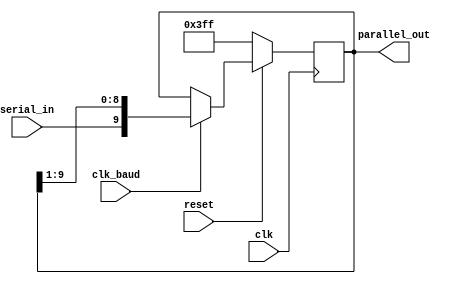
/* Receiver */
/* SIPO Shift Register Module */

/* A Serial In Parallel Out shift register which
take a serial of data bits from rx and shift them
into the register. Once all the data are received,
they will be output at once. */

module ShiftRegisterRx
(
	clk,
	clk_baud,
	reset,
	serial_in,
	parallel_out
);

input					clk;
input 				clk_baud;
input 				reset;
input					serial_in;

output	[9:0]		parallel_out;

reg		[9:0]		data;


always @(posedge clk)
begin
	if(!reset)
		data <= 10'b11_1111111_1;
		
	else if(clk_baud)
		// shift the data to right
		data <= {serial_in, data[9:1]};
end

// assign the output as the total set of data bits
assign parallel_out = data;
endmodule